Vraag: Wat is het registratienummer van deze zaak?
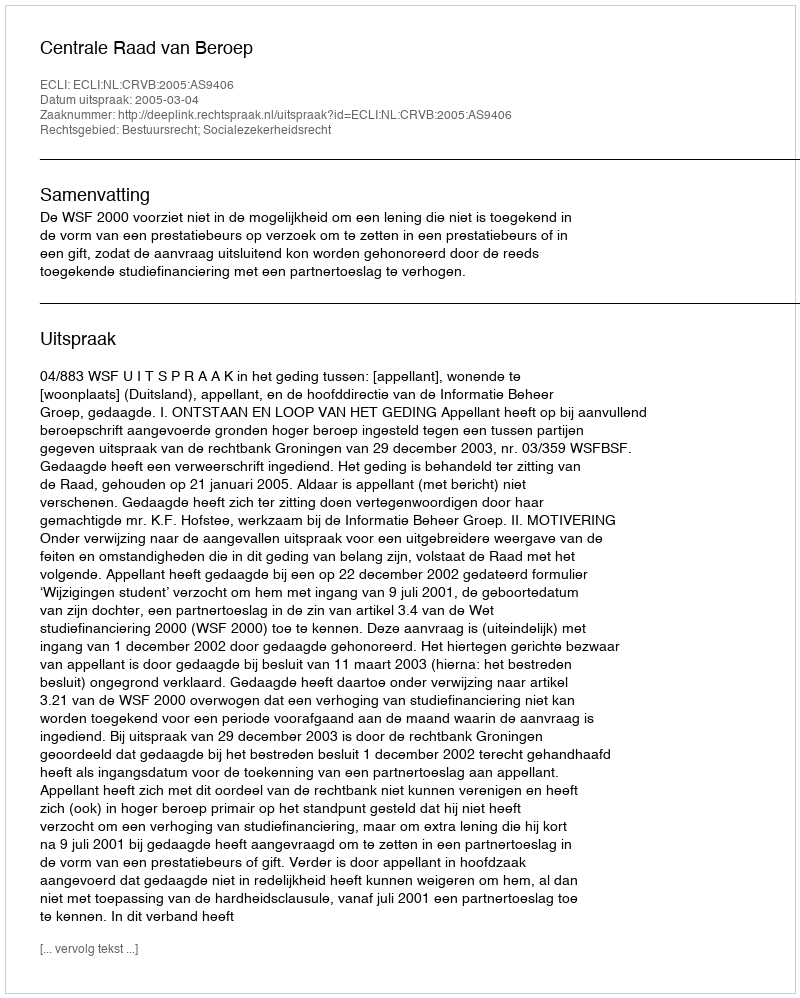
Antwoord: http://deeplink.rechtspraak.nl/uitspraak?id=ECLI:NL:CRVB:2005:AS9406